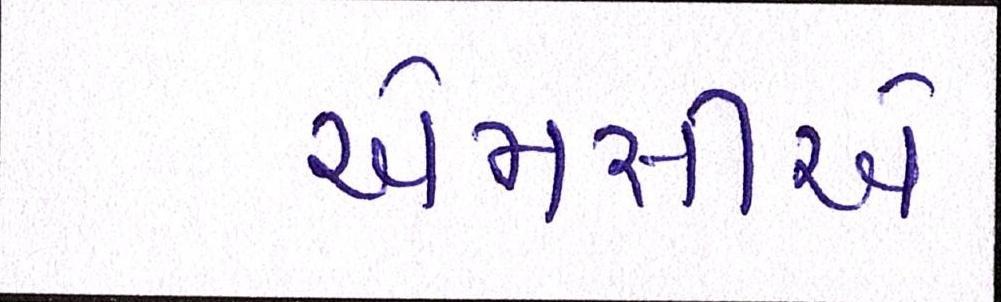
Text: એમસીએ